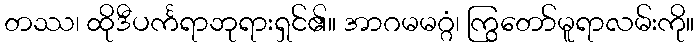
တဿ၊ ထိုဒီပင်္ကရာဘုရားရှင်၏။ အာဂမမဂ္ဂံ၊ ကြွတော်မူရာလမ်းကို။